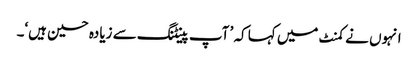
انہوں نے کمنٹ میں کہا کہ ’ آپ پینٹنگ سے زیادہ حسین ہیں‘۔